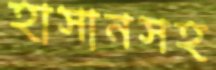
হাসানসহ